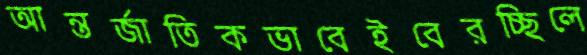
আন্তর্জাতিকভাবেইবেরচ্ছিলে